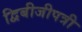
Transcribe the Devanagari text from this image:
द्विबीजीपत्री